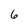
Character: 6